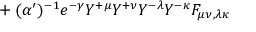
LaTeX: { } + ( \alpha ^ { \prime } ) ^ { - 1 } e ^ { - \gamma } Y ^ { + \mu } Y ^ { + \nu } Y ^ { - \lambda } Y ^ { - \kappa } F _ { \mu \nu , \lambda \kappa }